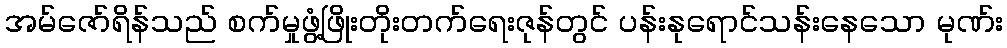
အမ်ဇော်ရိန်သည် စက်မှုဖွံ့ဖြိုးတိုးတက်ရေးဇုန်တွင် ပန်းနုရောင်သန်းနေသော မုဏ်း